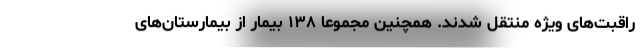
راقبت‌های ویژه منتقل شدند. همچنین مجموعا ۱۳۸ بیمار از بیمارستان‌های